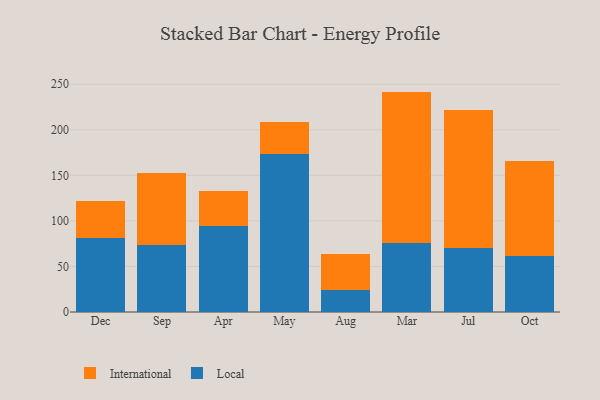
{"axis": {"x": "Month", "y": "Customer Acquisition Cost (USD)"}, "legend": ["International", "Local"], "data": [{"x": "Dec", "y": 80.9, "type": "Local"}, {"x": "Dec", "y": 40.6, "type": "International"}, {"x": "Sep", "y": 73.8, "type": "Local"}, {"x": "Sep", "y": 78.9, "type": "International"}, {"x": "Apr", "y": 94.7, "type": "Local"}, {"x": "Apr", "y": 38.1, "type": "International"}, {"x": "May", "y": 173.9, "type": "Local"}, {"x": "May", "y": 34.1, "type": "International"}, {"x": "Aug", "y": 24.6, "type": "Local"}, {"x": "Aug", "y": 39.5, "type": "International"}, {"x": "Mar", "y": 75.4, "type": "Local"}, {"x": "Mar", "y": 166.5, "type": "International"}, {"x": "Jul", "y": 70.0, "type": "Local"}, {"x": "Jul", "y": 151.5, "type": "International"}, {"x": "Oct", "y": 61.4, "type": "Local"}, {"x": "Oct", "y": 104.1, "type": "International"}]}